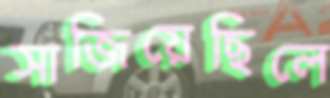
সাজিয়েছিলে